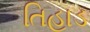
તિહાડ